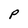
Character: P